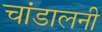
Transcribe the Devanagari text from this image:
चांडालनी